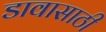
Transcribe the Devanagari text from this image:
डावासाठी